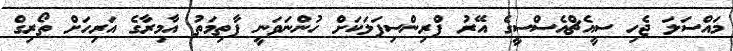
މައްސަލަ ޖެހި ސީއެޗްއެސްސީގެ އޭރު ޕްރިންސިޕަލަކަށް ހުންނަވަނީ ފާތިމަތު އާމިރާގެ އަރިހަށް ތޯރިގް